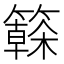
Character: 𱸫